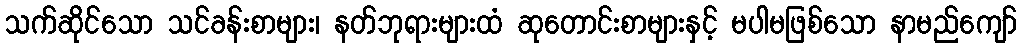
သက်ဆိုင်သော သင်ခန်းစာများ၊ နတ်ဘုရားများထံ ဆုတောင်းစာများနှင့် မပါမဖြစ်သော နာမည်ကျော်